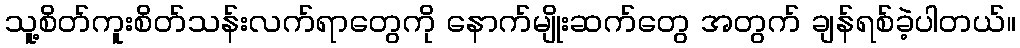
သူ့စိတ်ကူးစိတ်သန်းလက်ရာတွေကို နောက်မျိုးဆက်တွေ အတွက် ချန်ရစ်ခဲ့ပါတယ်။